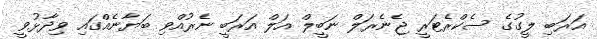
އަރަބި ލީގުގެ ސެކްރެޓަރީ ޖެނެރަލް ނަބީލް އަލް އަރަބީ ނެރުއްވި ބަޔާނެއްގައި ވިދާޅުވީ